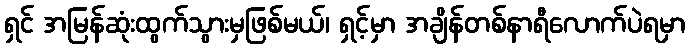
ရှင် အမြန်ဆုံးထွက်သွားမှဖြစ်မယ်၊ ရှင့်မှာ အချိန်တစ်နာရီလောက်ပဲရမှာ